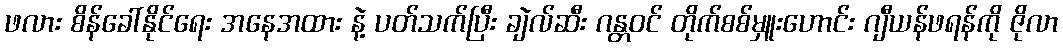
ဖလား စိန်ခေါ်နိုင်ရေး အနေအထား နဲ့ ပတ်သက်ပြီး ချဲလ်ဆီး ဂန္တဝင် တိုက်စစ်မှူးဟောင်း ဂျီယန်ဖရန်ကို ဇိုလာ